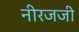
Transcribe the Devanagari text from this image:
नीरजजी